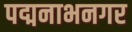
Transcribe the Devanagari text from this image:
पद्मनाभनगर